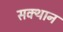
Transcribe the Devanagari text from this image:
सक्थान